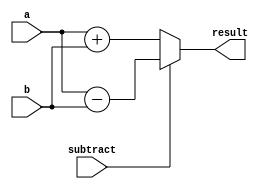
`timescale 1ns/1ps

module adder_subtractor (
    input [7:0] a,
    input [7:0] b,
    input subtract,
    output wire [7:0] result
);
    // 'subtract' controls addition/subtraction, 1 for substract 0 for add

    wire [7:0] add_result;
    wire [7:0] sub_result;

    assign add_result = a + b; // Add 'a' and 'b'
    assign sub_result = a - b; // Subtract 'b' from 'a'

    assign result = subtract ? sub_result : add_result; // Select add or subtract result based on 'subtract' input

endmodule